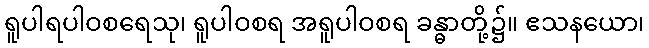
ရူပါရပါဝစရေသု၊ ရူပါဝစရ အရူပါဝစရ ခန္ဓာတို့၌။ ဧသနယော၊